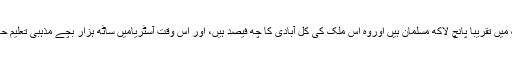
اس وقت اس ملک میں تقریباً پانچ لاکھ مسلمان ہیں اوروہ اس ملک کی کل آبادی کا چھ فیصد ہیں، اور اس وقت آسٹریامیں ساٹھ ہزار بچے مذہبی تعلیم حاصل کررہے ہیں۔